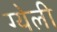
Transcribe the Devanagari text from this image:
ग्येली